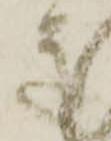
き